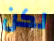
لكن